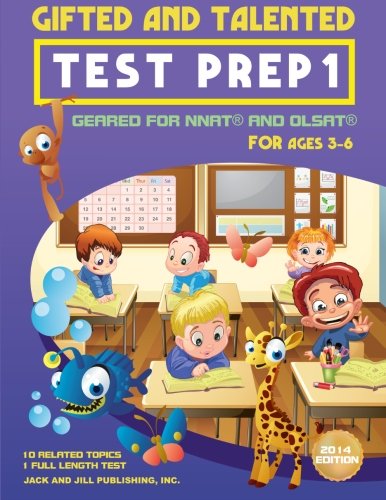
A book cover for Gifted and Talented Test Prep 1: Geared For NNAT and OLSAT For Ages 3-6; Jack and Jill Publishing Inc; Education & Teaching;